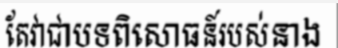
តែវាជាបទពិសោធន៍របស់នាង